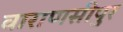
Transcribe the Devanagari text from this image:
वाराणसीपुर